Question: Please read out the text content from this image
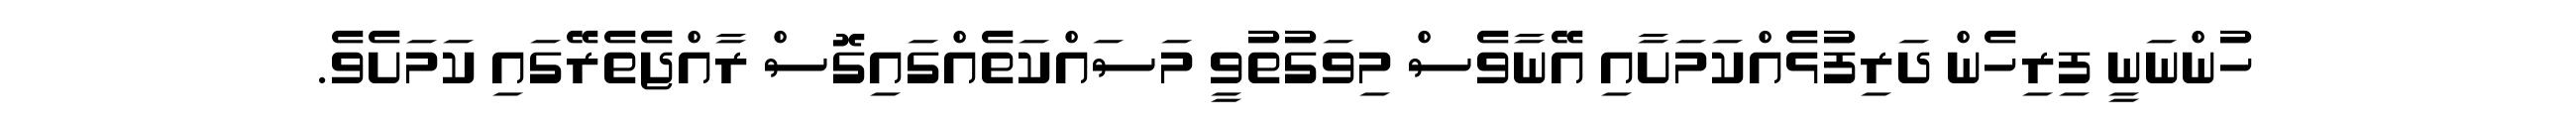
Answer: ހުންނަނީ ފިރިހެން ދަރިފުޅެއްކަމަށާއި އޭނާވެސް މިވަގުތުވީ މަސައްކަތެއްގައިގޮސް ރާއްޖެތެރޭގައި ކަމަށެވެ.